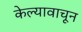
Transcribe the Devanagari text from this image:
केल्यावाचून